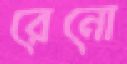
রেনো